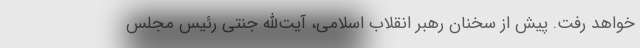
خواهد رفت. پیش از سخنان رهبر انقلاب اسلامی، آیت‌الله جنتی رئیس مجلس